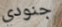
جنودي